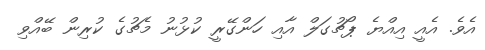
އެވެ. އެއީ އިއްޔެ ޕޯޗުގަލް އާއި ހަންގޭރީ ކުޅުނު މެޗުގެ ކުރިން ބޭއްވި